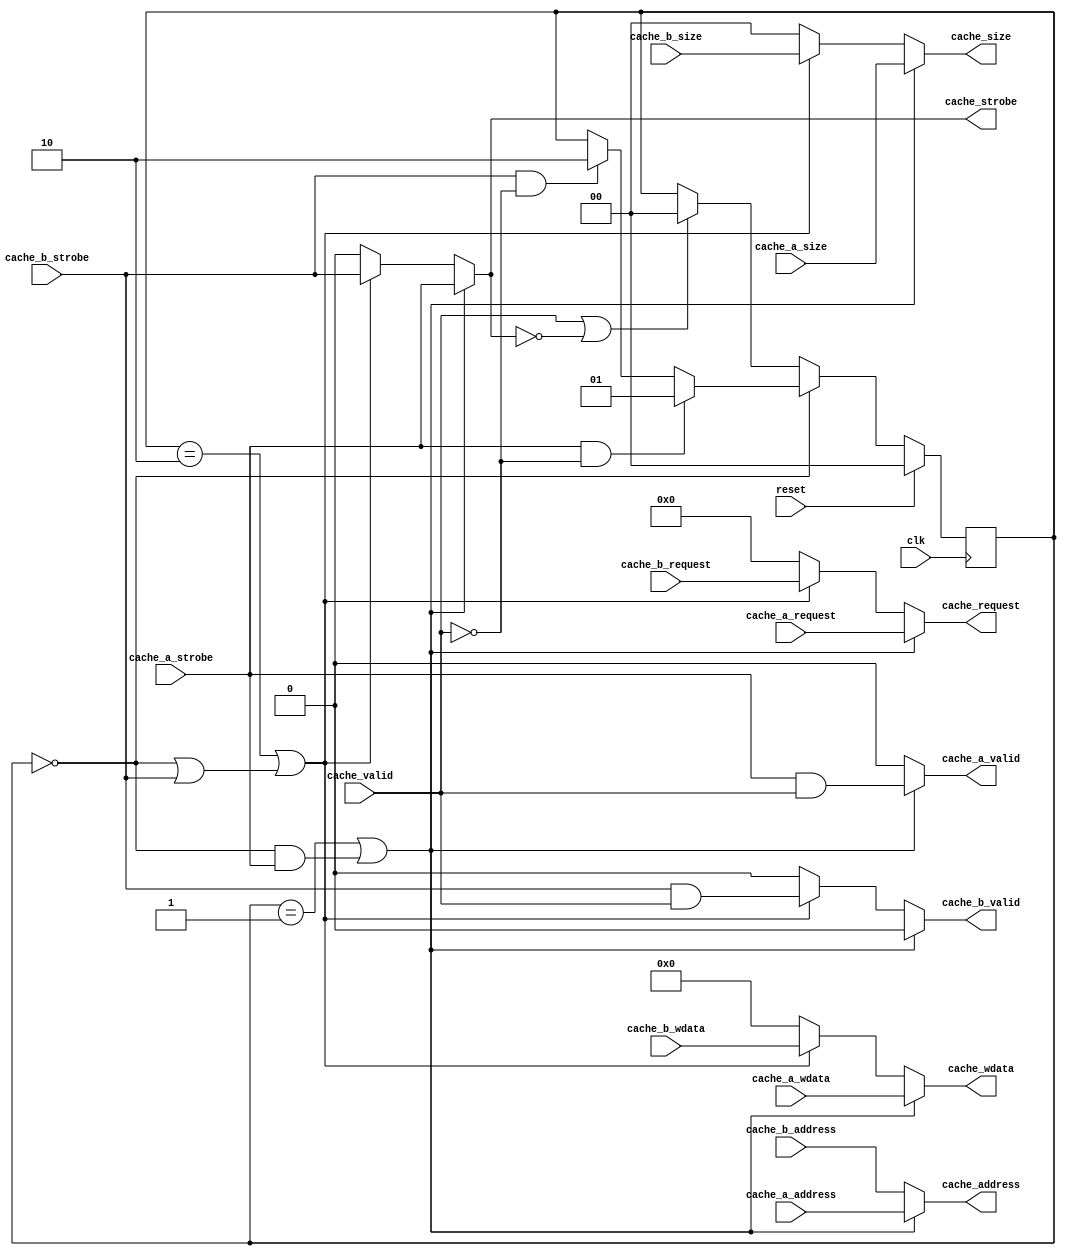
/* cache_arb2
 *
 * Arbitrate for the cache, for two requesters A & B.
 *
 * Note, stall is common to all requesters, doesn't need muxing.
 * Similarly, read data does not need muxing (both requesters consume
 * same wires).
 *
 * Refactored out of itlb_icache 170820 ME
 *
 * Copyright 2020-2022 Matt Evans
 * SPDX-License-Identifier: Apache-2.0 WITH SHL-2.1
 *
 * Licensed under the Solderpad Hardware License v 2.1 (the License); you may
 * not use this file except in compliance with the License, or, at your option,
 * the Apache License version 2.0. You may obtain a copy of the License at
 *
 *  https://solderpad.org/licenses/SHL-2.1/
 *
 * Unless required by applicable law or agreed to in writing, any work
 * distributed under the License is distributed on an AS IS BASIS, WITHOUT
 * WARRANTIES OR CONDITIONS OF ANY KIND, either express or implied. See the
 * License for the specific language governing permissions and limitations
 * under the License.
 */


module cache_arb2(input wire clk,
		  input wire 	     reset,

		  /* Requester A */
		  input wire [31:0]  cache_a_address,
		  input wire 	     cache_a_strobe,
		  input wire [3:0]   cache_a_request,
		  input wire [1:0]   cache_a_size,
		  input wire [31:0]  cache_a_wdata,
		  output wire 	     cache_a_valid,

		  /* Requester B */
		  input wire [31:0]  cache_b_address,
		  input wire 	     cache_b_strobe,
		  input wire [3:0]   cache_b_request,
		  input wire [1:0]   cache_b_size,
		  input wire [31:0]  cache_b_wdata,
		  output wire 	     cache_b_valid,

		  /* Cache interface */
		  output wire [31:0] cache_address,
		  output wire 	     cache_strobe,
		  output wire [3:0]  cache_request,
		  output wire [1:0]  cache_size,
		  output wire [31:0] cache_wdata,
		  input wire 	     cache_valid
		  );

   parameter PASS_A = 0;

   reg [31:0] 	int_address; // Wire
   reg 		int_strobe; // Wire
   reg [3:0]	int_request; // Wire
   reg [1:0] 	int_size; // Wire
   reg [31:0] 	int_rdata; // Wire
   reg [63:0] 	int_raw_rdata; // Wire
   reg [31:0] 	int_wdata; // Wire
   reg 		int_a_valid; // Wire
   reg 		int_b_valid; // Wire

   reg [1:0] 	cache_chosen_requestor;

   always @(posedge clk) begin
      // There are two input requests: cache_a_strobe and cache_b_strobe.

      // Choose a requester and set cache_chosen_requestor
      if (cache_chosen_requestor == 0) begin
	 // A request is being made via comb logic below.
	 // If valid, a result is returned same-cycle.
	 // However, if not valid then we're going into a
	 // multi-cycle op if we carry on with same inputs.

	 // if valid = 0 and at least one requester = 1, then stall will occur
	 // in next cycle; so go into 'chosen' state:

	 if (cache_a_strobe && !cache_valid) begin
	    cache_chosen_requestor <= 1;
	 end else if (cache_b_strobe && !cache_valid) begin
	    cache_chosen_requestor <= 2;
	 end
      end else begin
	 // Inputs/outputs are muxed over to chosen requester in comb logic below.
	 // It stays chosen until a Valid=1 cycle, whereupon the access
	 // is complete.  Or, until the request goes away; this can happen if
	 // fetch stops due to a pipeline stall (most likely because MEM is waiting
	 // on us!).  The MEM "other" request will never just go away, though.
	 if (cache_valid || !cache_strobe) begin
	    cache_chosen_requestor <= 0;
	 end
      end

      if (reset) begin
	 cache_chosen_requestor <= 2'b00;
      end
   end

   always @(*) begin
      // If a requester is not the "chosen one", it gets valid=0:
      if (cache_chosen_requestor == 1 ||
	  (cache_chosen_requestor == 0 && cache_a_strobe)) begin
	 int_a_valid = cache_a_strobe && cache_valid;
	 int_b_valid = 0;

	 int_address = cache_a_address;
	 int_strobe = cache_a_strobe;
	 int_request = cache_a_request;
	 int_size = cache_a_size;
	 int_wdata = cache_a_wdata;
      end else if (cache_chosen_requestor == 2 ||
		   (cache_chosen_requestor == 0 || cache_b_strobe)) begin
	 int_a_valid = 0;
	 int_b_valid = cache_b_strobe && cache_valid;

	 int_address = cache_b_address;
	 int_strobe = cache_b_strobe;
	 int_request = cache_b_request;
	 int_size = cache_b_size;
	 int_wdata = cache_b_wdata;
      end else begin
	 // No requests, so we get default values.
	 int_a_valid = 0;
	 int_b_valid = 0;

	 int_address = PASS_A ?
                       cache_a_address :
                       cache_b_address;
	 int_strobe = 0;
	 int_request = 4'h0;
	 int_size = 2'h0;
	 int_wdata = 32'h0;
      end
   end // always @ (*)

   assign cache_a_valid = int_a_valid;
   assign cache_b_valid = int_b_valid;

   assign cache_address = int_address;
   assign cache_strobe = int_strobe;
   assign cache_request = int_request;
   assign cache_size = int_size;
   assign cache_wdata = int_wdata;

endmodule // cache_arb2